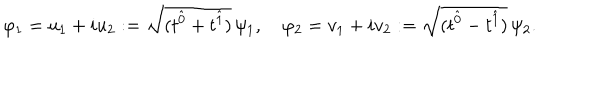
\varphi _ { 1 } = u _ { 1 } + i u _ { 2 } : = \sqrt { ( t ^ { \hat { 0 } } + t ^ { \hat { 1 } } ) } \, \psi _ { 1 } , \quad \varphi _ { 2 } = v _ { 1 } + i v _ { 2 } : = \sqrt { ( t ^ { \hat { 0 } } - t ^ { \hat { 1 } } ) } \, \psi _ { 2 } .